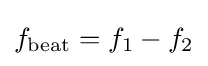
f_{\text{beat}}=f_{1}-f_{2}